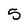
Character: 5